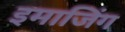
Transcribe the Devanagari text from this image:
इमाजिंग